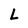
Character: L